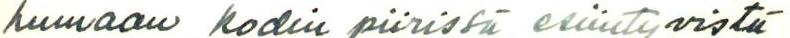
humaan kodin piirissä esiintyvistä